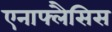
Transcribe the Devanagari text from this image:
एनाफ्लैसिस